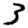
Digit: 3